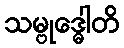
သမ္ဗုဒ္ဓေါတိ